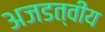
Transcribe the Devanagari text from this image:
अजडत्वीय